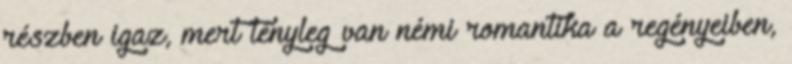
részben igaz, mert tényleg van némi romantika a regényeiben,